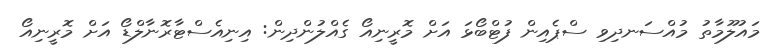
މައުލޫމާތު މުއްސަނދިވި ސްޕެއިން ފުޓްބޯޅަ އަށް މޮރީނިއޯ ގެއްލުންދިން: އިނިއެސްޓާރޮނާލްޑޯ އަށް މޮރީނިއޯ